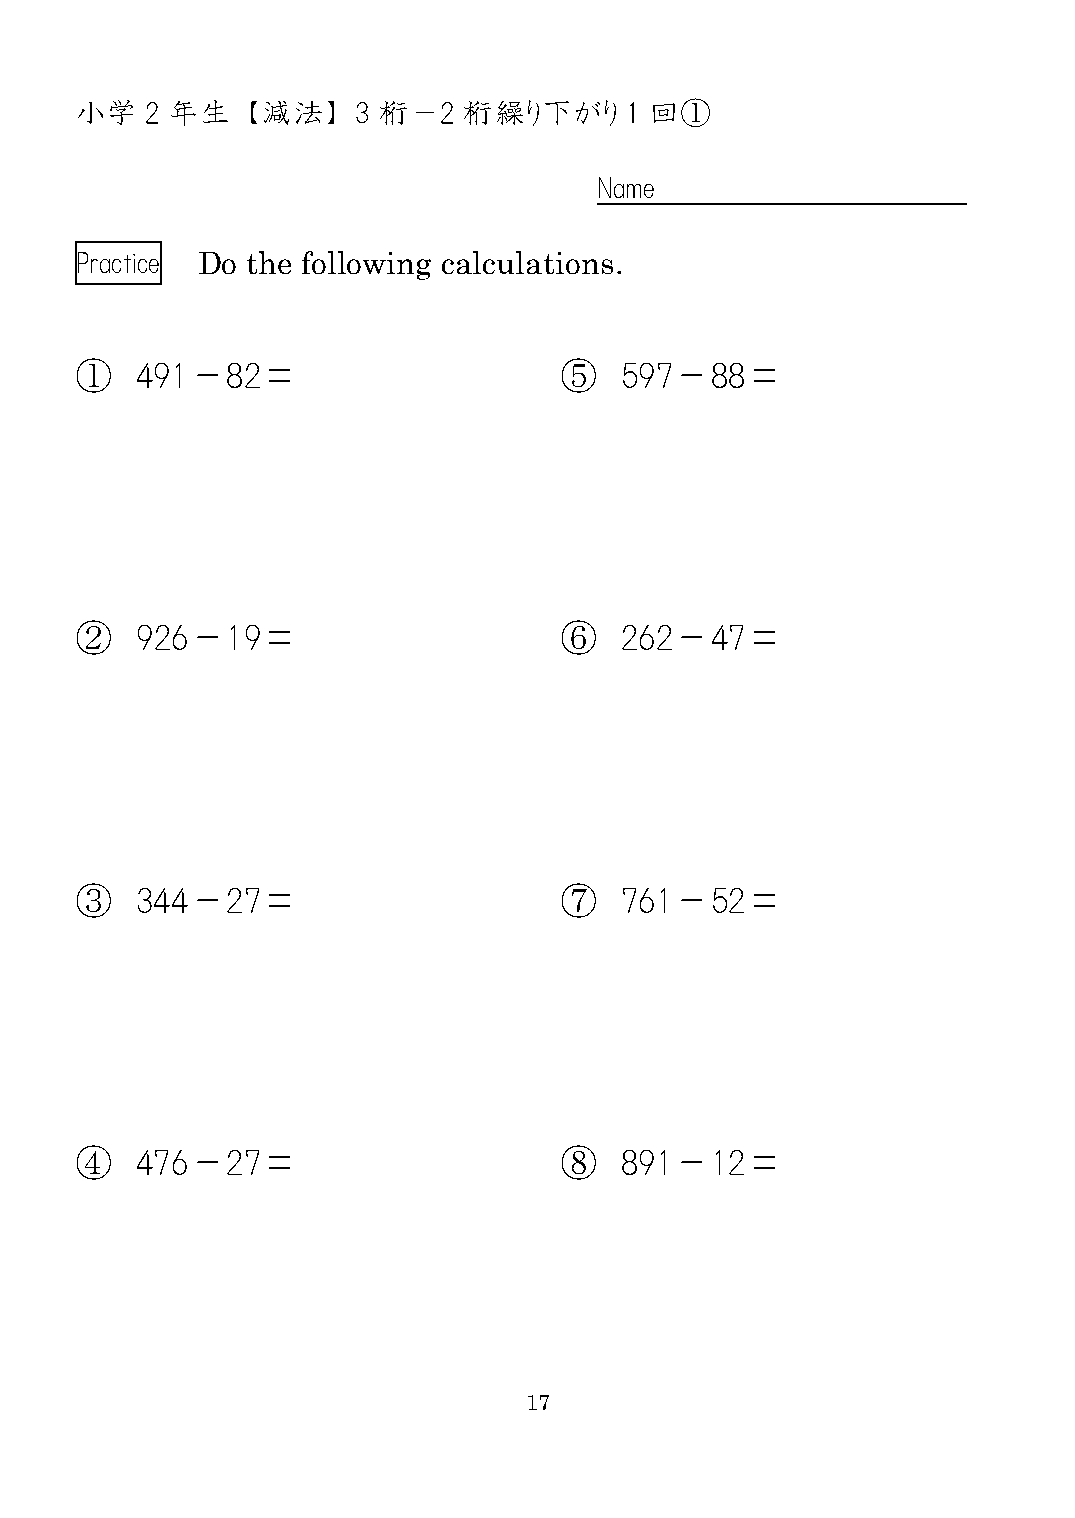
小学   2 年生  【減法】    3 桁－2  桁繰り下がり    1 回①
 Name
 Practice Do the following calculations.
 ①   491－82＝                     ⑤   597－88＝
 ②   926－19＝                     ⑥   262－47＝
 ③   344－27＝                     ⑦   761－52＝
 ④   476－27＝                     ⑧   891－12＝
 17